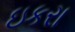
ઇકરા